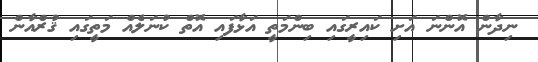
ނިދާން އޮންނަ އަށި ކައިރީގައި ބިންމަތީ އަޅާފައި އޮތް ކުނަލެއް މަތީގައި ޤުރްއާން